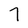
Character: 7